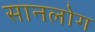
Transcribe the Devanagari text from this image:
सानलोग